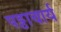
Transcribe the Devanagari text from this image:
पट्टाचार्य